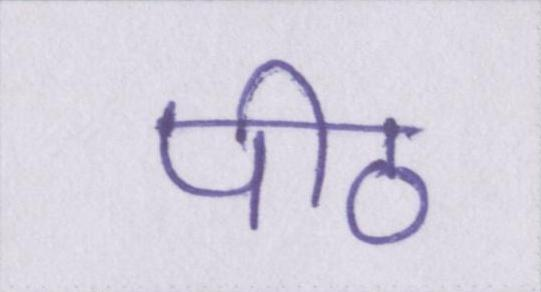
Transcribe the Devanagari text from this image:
पीठ